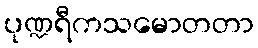
ပုဏ္ဍရီကသမောတတာ